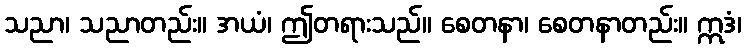
သညာ၊ သညာတည်း။ အယံ၊ ဤတရားသည်။ စေတနာ၊ စေတနာတည်း။ ဣဒံ၊